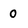
Character: 0